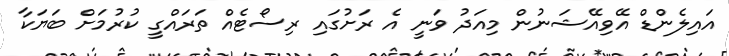
އައިލެންޑް އޭވިއޭޝަނުން މިއަދު ވަނީ އެ ރަށުގައި ރިސޯޓެއް ތަރައްގީ ކުރުމަށް ބަޔަކާ